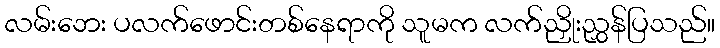
လမ်းဘေး ပလက်ဖောင်းတစ်နေရာကို သူမက လက်ညှိုးညွှန်ပြသည်။